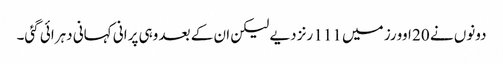
دونوں نے 20 اوورز میں 111 رنز دیے لیکن ان کے بعد وہی پرانی کہانی دہرائی گئی۔